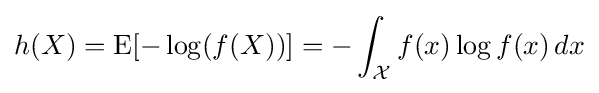
h(X)=\operatorname {E} [-\log(f(X))]=-\int _{\mathcal {X}}f(x)\log f(x)\,dx